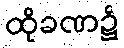
ထိုခဏ၌